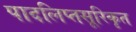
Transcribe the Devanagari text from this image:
पादलिप्तसूरिकृत